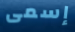
إسمى